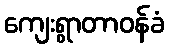
ကျေးရွာတာဝန်ခံ